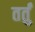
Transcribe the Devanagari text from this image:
तर्तुं